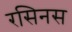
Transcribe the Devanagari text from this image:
रसिनस